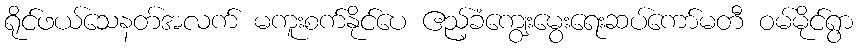
ရိုင်ဖယ်သေနတ်အလက် မကူးစက်နိုင်ပေ ဧည့်ခံကျွေးမွေးရေးဆပ်ကော်မတီ ဝမ်မိုင်ရွာ